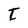
Character: t